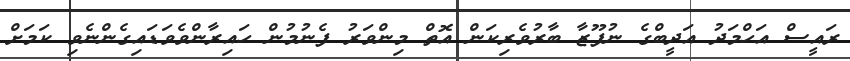
ރައީސް އަހްމަދު އަދީބްގެ ނުފޫޒާ ބާރުވެރިކަން އޮތް މިންވަރު ފެނުމުން ހައިރާންވެވަޑައިގެންނެވި ކަމަށް